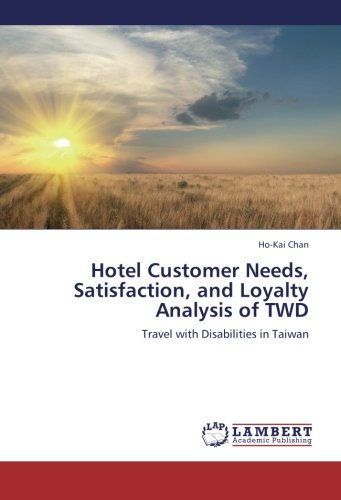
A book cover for Hotel Customer Needs, Satisfaction, and Loyalty Analysis of TWD: Travel with Disabilities in Taiwan; Ho-Kai Chan; Travel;